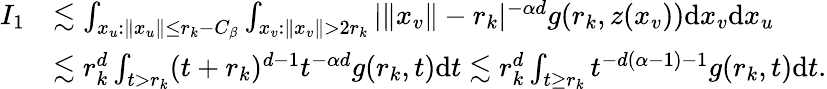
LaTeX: \begin{array}{rl}{I_{1}}&{\lesssim\int_{x_{u}:\| x_{u}\| \le r_{k}-C_{\beta}}\int_{x_{v}:\| x_{v}\| >2r_{k}}|\| x_{v}\| -r_{k}|^{-\alpha d}g(r_{k},z(x_{v}))\mathrm{d}x_{v}\mathrm{d}x_{u}}\\ &{\lesssim r_{k}^{d}\int_{t>r_{k}}(t+r_{k})^{d-1}t^{-\alpha d}g(r_{k},t)\mathrm{d}t\lesssim r_{k}^{d}\int_{t\ge r_{k}}t^{-d(\alpha-1)-1}g(r_{k},t)\mathrm{d}t.}\end{array}